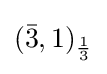
({\bar {3}},1)_{\frac {1}{3}}